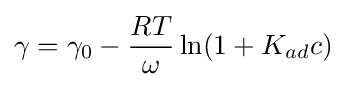
\gamma =\gamma _{0}-{\frac {RT}{\omega }}\ln(1+K_{ad}c)